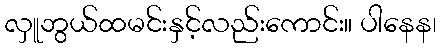
လှူဘွယ်ထမင်းနှင့်လည်းကောင်း။ ပါနေန၊